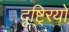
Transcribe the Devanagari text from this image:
दृष्टि्रयों